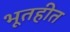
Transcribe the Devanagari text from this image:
भूतहीत